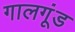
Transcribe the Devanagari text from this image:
गालगूंड